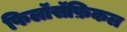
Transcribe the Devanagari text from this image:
फिलॉसॅफ़िकल